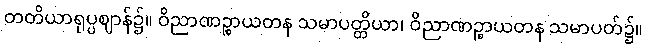
တတိယာရုပ္ပဈာန်၌။ ဝိညာဏဉ္စာယတန သမာပတ္တိယာ၊ ဝိညာဏဉ္စာယတန သမာပတ်၌။